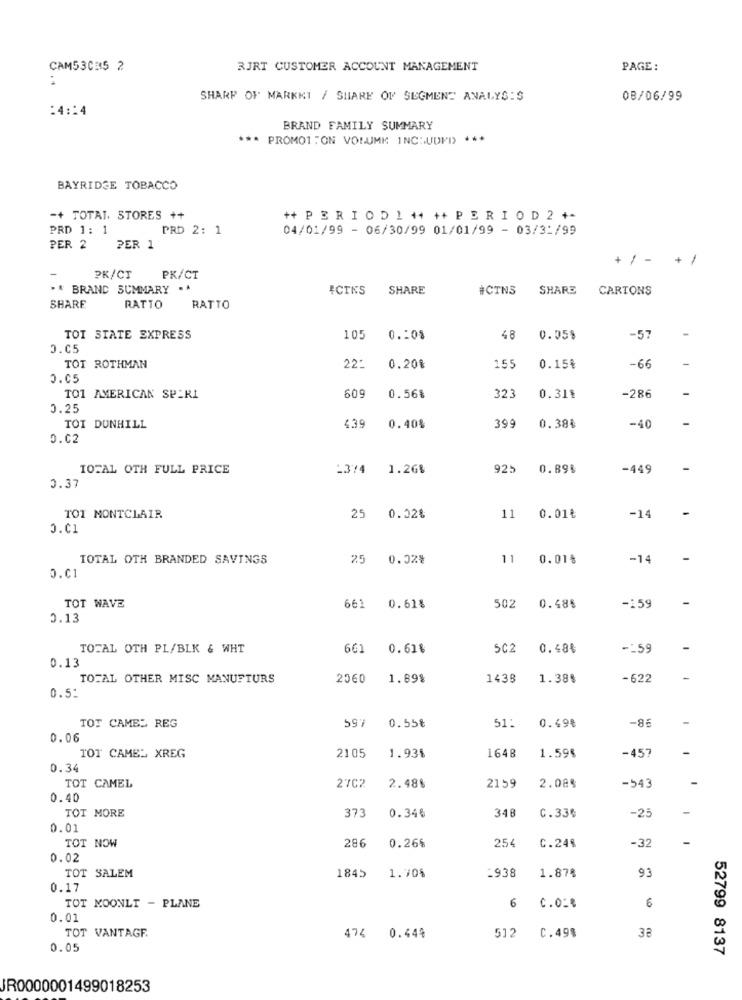
CAM53035 2
RJRT CUSTOMER ACCOUNT MANAGEMENT
PAGE :
:
SHARP OF MARKET / SHARE OF SEGMENT ANALYSIS
08/06/99
:4:14
BRAND FAMILY SUMMARY
*** PROMO1 : ON VOLUME INCHUDMI) ***
BAYRIDGE TOBACCO
-+ TOTAL, STORES ++
++ PER I O D 1 ++ ++ P E R I O D 2 +-
PRD 1: 1
PRD 2: 1
04/01/99 - 06/30/99 01/01/99 - 03/31/99
PER 2
PER 1
+ / - +/
PK/CT
PK/CT
.* BRAND SUMMARY ..
#CINS
SHARE
#CTNS
SHARE
CARTONS
SHARE
RATTO
RATTO
TOI SIATE EXPRESS
105
0 .: 08
48
0.05$
-57
O.C5
TOT ROTHMAN
22:
0.20%
155
0.15€
-66
0.05
TO1 AMERICAN SPERI
609
0.56%
323
0.31%
-286
0.25
TOI DUNHILL
439
0.40%
399
0.38%
-40
0.02
TOTAL OTH FULL PRICE
-3/4
1.26%
925
0.89%
-449
-
0.37
-
TOT MONTCLAIR
25 0.02%
11 0.01₺
-14
TOTAL OTH BRANDED SAVINGS
25 0.02%
11
0.01%
-14
-
O.C1
-
TOT WAVE
661
0.61%
502
0.485
-159
0.13
TOTAL OTH PL/BLK & WHT
661
0.61%
5C2
0.48%
-: 59
0.13
TOTAL OTHER MISC MANUFTURS
2060
1.89%
1438
1.38$
-622
0.5:
-85
TOT CAMEL REG
597
0.55₺
51:
0.49%
0.06
-457
TOT CAMEL XREG
2105
1.93%
1648
1.59%
0.34
TOT CAMEL
27C2
2.48%
2159
2.08%
-543
0.40
TOT MORE
-25
373
0.346
348
C.33%
0.01
TOT NOW
254
-32
286
0.26%
C.24%
0.02
-938
1.87%
93
TOT SALEM
1845
1.70%
0.17
TOT MOONLT - PLANE
6 0.0:
6
0.01
TOT VANTAGF.
38
474 0.44%
512 C.49%
0.05
52799 8137
JR0000001499018253